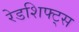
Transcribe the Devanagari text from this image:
रेडशिफ्ट्स